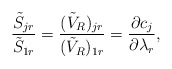
\begin{gather*} \frac{ \tilde{S}_{jr}}{ \tilde{S}_{1r}} =\frac{ (\tilde{V}_R)_{jr}}{(\tilde{V}_R)_{1r}}=\frac{\partial c_j}{\partial \lambda_r} , \end{gather*}